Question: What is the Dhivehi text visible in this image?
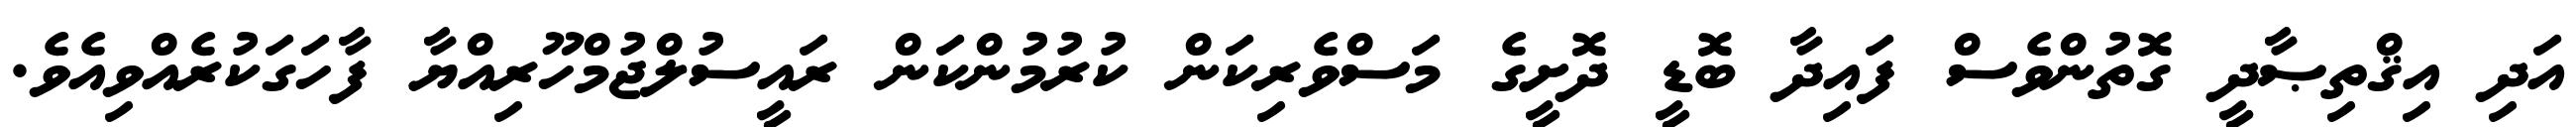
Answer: އަދި އިޤްތިޞާދީ ގޮތުންވެސް ފައިދާ ބޮޑީ ދޮށީގެ މަސްވެރިކަން ކުރުމުންކަން ރައީސުލްޖުމްހޫރިއްޔާ ފާހަގަކުރެއްވިއެވެ.